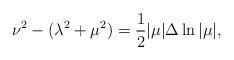
LaTeX: \begin{align*} \nu^2 - (\lambda^2 + \mu^2) = \frac{1}{2}|\mu| \Delta \ln |\mu|,\end{align*}